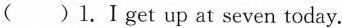
( )l. I get up at seven today.